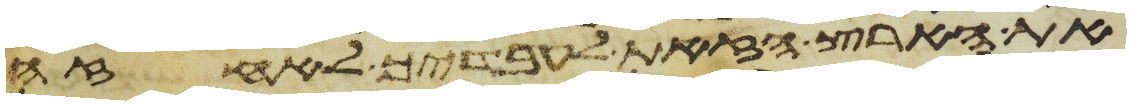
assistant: את הארץ הזאת לעבדיך לאחזה